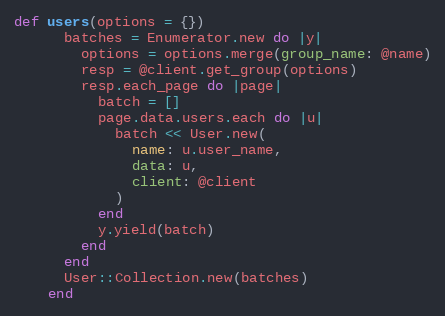
Language: Ruby
def users(options = {})
      batches = Enumerator.new do |y|
        options = options.merge(group_name: @name)
        resp = @client.get_group(options)
        resp.each_page do |page|
          batch = []
          page.data.users.each do |u|
            batch << User.new(
              name: u.user_name,
              data: u,
              client: @client
            )
          end
          y.yield(batch)
        end
      end
      User::Collection.new(batches)
    end